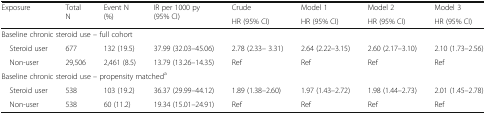
<table><thead><tr><td rowspan="2"><b>Exposure</b></td><td rowspan="2"><b>Total N</b></td><td rowspan="2"><b>Event N (%)</b></td><td rowspan="2"><b>IR per 1000 py (95% CI)</b></td><td><b>Crude</b></td><td><b>Model 1</b></td><td><b>Model 2</b></td><td><b>Model 3</b></td></tr><tr><td><b>HR (95% CI)</b></td><td><b>HR (95% CI)</b></td><td><b>HR (95% CI)</b></td><td><b>HR (95% CI)</b></td></tr></thead><tbody><tr><td colspan="8">Baseline chronic steroid use – full cohort</td></tr><tr><td> Steroid user</td><td>677</td><td>132 (19.5)</td><td>37.99 (32.03–45.06)</td><td>2.78 (2.33– 3.31)</td><td>2.64 (2.22–3.15)</td><td>2.60 (2.17–3.10)</td><td>2.10 (1.73–2.56)</td></tr><tr><td> Non-user</td><td>29,506</td><td>2,461 (8.5)</td><td>13.79 (13.26–14.35)</td><td>Ref</td><td>Ref</td><td>Ref</td><td>Ref</td></tr><tr><td colspan="8">Baseline chronic steroid use – propensity matched<sup>a</sup></td></tr><tr><td> Steroid user</td><td>538</td><td>103 (19.2)</td><td>36.37 (29.99–44.12)</td><td>1.89 (1.38–2.60)</td><td>1.97 (1.43–2.72)</td><td>1.98 (1.44–2.73)</td><td>2.01 (1.45–2.78)</td></tr><tr><td> Non-user</td><td>538</td><td>60 (11.2)</td><td>19.34 (15.01–24.91)</td><td>Ref</td><td>Ref</td><td>Ref</td><td>Ref</td></tr></tbody></table>